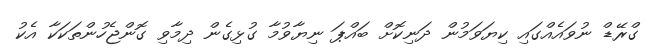
ގްރޭޑް ނުވައެއްގައި ކިޔަވަމުން ދަނިކޮށް ބައްޕަ ނިޔާވުމާ ގުޅިގެން ދިމާވި ގޮންޖެހުންތަކަކާ އެކު